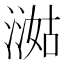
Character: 㵈